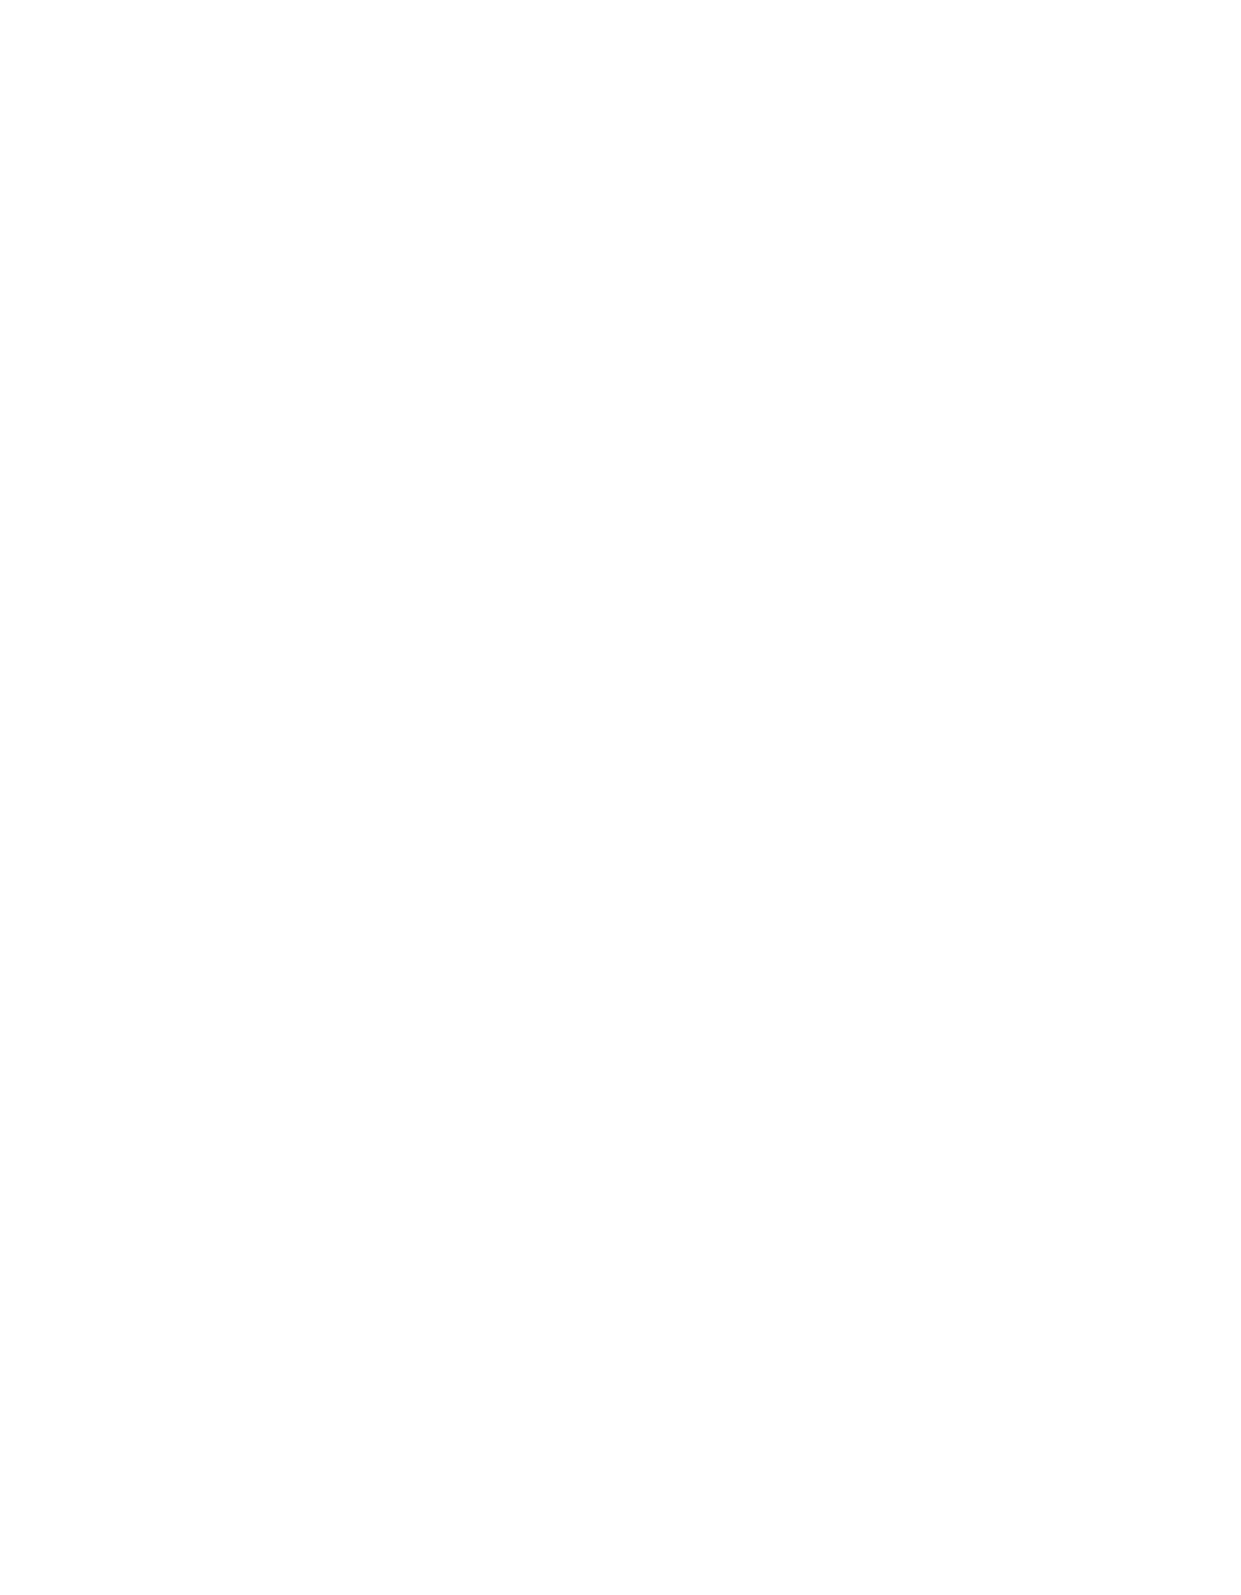
Annual Meeting Iuliu Hațieganu University of Medicine and Pharmacy 2021
 S6                           MEDICINE AND PHARMACY REPORTS 2021 VOL. 94 - Supplement No. 4